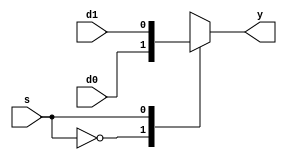
module mux2_1bit(d0, d1, s, y);
	input d0, d1, s;
	output reg y;
	
	always @ (d0, d1, s)
		begin
			case(s)
				(1'b0) : y <= d0;
				(1'b1) : y <= d1;
				default : y <= 1'bx;
			endcase 
		end
	//s == 0, y = d0
	//s == 1, y = d1
	//2 bit
endmodule 

module mux2_16bit(d0, d1, s, y);
	input[15:0] d0, d1;
	input s;
	output reg[15:0] y;
	
	always @ (d0, d1, s)
		begin
			case(s)
				(1'b0) : y <= d0;
				(1'b1) : y <= d1;
				default : y <= 16'hxxxx;
			endcase 
		end
	//s == 0, y = d0
	//s == 1, y = d1
	//16 bit
endmodule 

module mux2_32bit(d0, d1, s, y);
	input[31:0] d0, d1;
	input s;
	output reg[31:0] y;
	
	always @ (d0, d1, s)
		begin
			case(s)
				(1'b0) : y <= d0;
				(1'b1) : y <= d1;
				default : y <= 32'hxxxx_xxxx;
			endcase 
		end
	//s == 0, y = d0
	//s == 1, y = d1
	//32 bit
endmodule 
	
module mux6_32bit(zero, d0, d1, d2, d3, d4, s, y);
	input[31:0] zero, d0, d1, d2, d3, d4;
	input[2:0] s;
	output reg[31:0] y;
	
	always @ (zero, d0, d1, d2, d3, d4, s)
		begin
			case(s)
				(3'b000) : y <= zero; //no slave selected
				(3'b001) : y <= d0; //s0 selected
				(3'b010) : y <= d1; //s1 selected
				(3'b011) : y <= d2; //s2 selected
				(3'b100) : y <= d3; //s3 selected
				(3'b101) : y <= d4; //s4 selected
				default : y <= 32'hxxxx_xxxx; //error (wrong encoding)
			endcase 
		end
	//s == 0, y = d0
	//s == 1, y = d1
endmodule